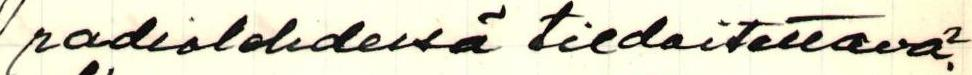
radiolehdessä tiedoitettava?